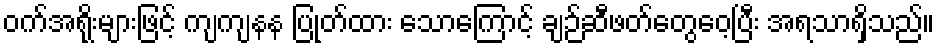
ဝက်အရိုးများဖြင့် ကျကျနန ပြုတ်ထား သောကြောင့် ချဉ်ဆီဖတ်တွေဝေ့ပြီး အရသာရှိသည်။